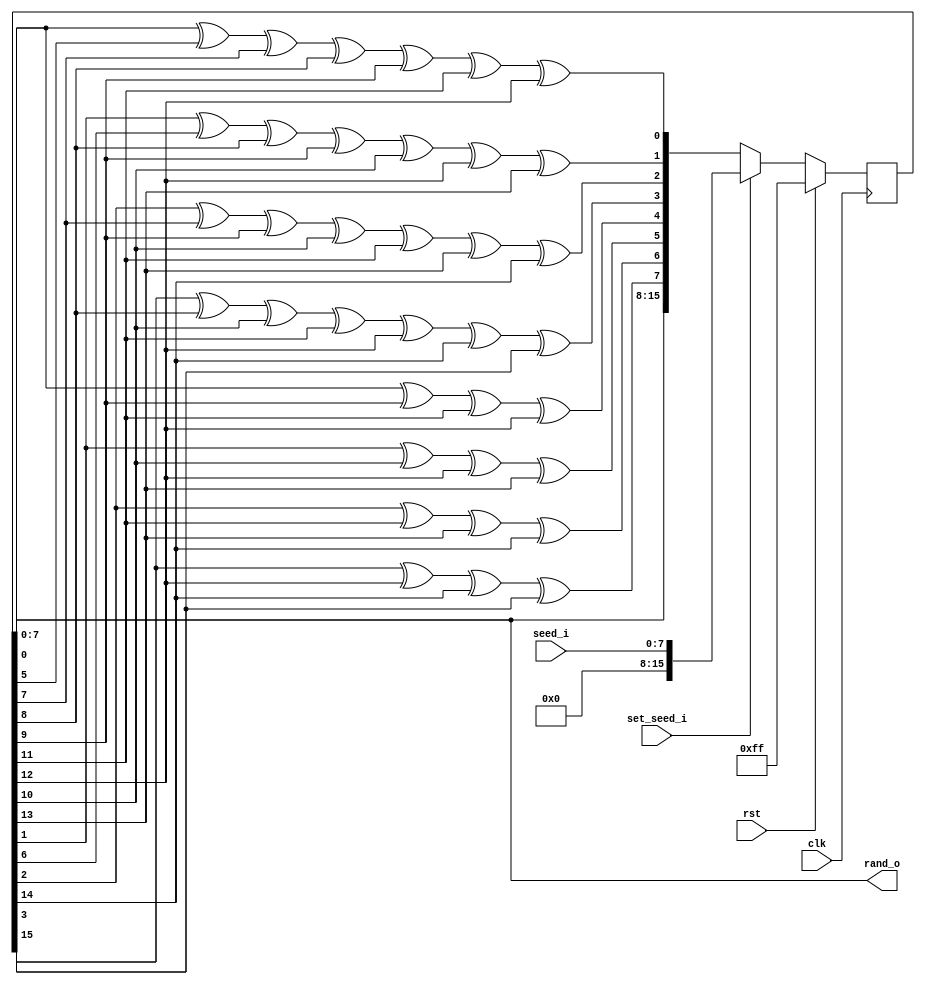
// Licensed under the Apache License, Version 2.0 (the "License");
// you may not use this file except in compliance with the License.
// You may obtain a copy of the License at
//
//      http://www.apache.org/licenses/LICENSE-2.0
//
// Unless required by applicable law or agreed to in writing, software
// distributed under the License is distributed on an "AS IS" BASIS,
// WITHOUT WARRANTIES OR CONDITIONS OF ANY KIND, either express or implied.
// See the License for the specific language governing permissions and
// limitations under the License.
// SPDX-License-Identifier: Apache-2.0
`default_nettype none

module rand_gen (
    input clk,
    input rst,
    input [7:0] seed_i,
    input set_seed_i,
    output [7:0] rand_o
);
    reg [15:0] data;
    wire [15:0] data_next;

    assign rand_o = data[7:0];

    assign data_next[0] = data[0] ^ data[5] ^ data[7] ^ data[8] ^ data[9] ^ data[11] ^ data[12];
    assign data_next[1] = data[1] ^ data[6] ^ data[8] ^ data[9] ^ data[10] ^ data[12] ^ data[13];
    assign data_next[2] = data[2] ^ data[7] ^ data[9] ^ data[10] ^ data[11] ^ data[13] ^ data[14];
    assign data_next[3] = data[3] ^ data[8] ^ data[10] ^ data[11] ^ data[12] ^ data[14] ^ data[15];
    assign data_next[4] = data[0] ^ data[9] ^ data[11] ^ data[12];
    assign data_next[5] = data[1] ^ data[10] ^ data[12] ^ data[13];
    assign data_next[6] = data[2] ^ data[11] ^ data[13] ^ data[14];
    assign data_next[7] = data[3] ^ data[12] ^ data[14] ^ data[15];
    assign data_next[8] = data[0];
    assign data_next[9] = data[1];
    assign data_next[10] = data[2];
    assign data_next[11] = data[3];
    assign data_next[12] = data[4];
    assign data_next[13] = data[5];
    assign data_next[14] = data[6];
    assign data_next[15] = data[7];

    always @(posedge clk)
    begin
        if (rst) begin
            data <= 8'hFF;
        end
        else begin
            if (set_seed_i) begin
                data <= seed_i;
            end
            else begin
                data <= data_next;
            end
        end
    end



endmodule

`default_nettype wire